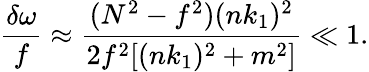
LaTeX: \frac{\delta\omega}{f}\approx\frac{(N^{2}-f^{2})(nk_{1})^{2}}{2f^{2}[(nk_{1})^{2}+m^{2}]}\ll 1.